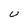
Character: U